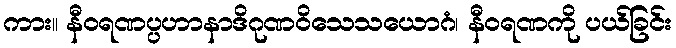
ကား။ နီဝရဏပ္ပဟာနာဒိဂုဏဝိသေသယောဂံ၊ နီဝရဏကို ပယ်ခြင်း